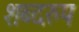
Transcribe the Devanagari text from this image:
शब्दरुप